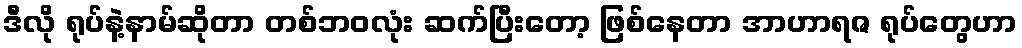
ဒီလို ရုပ်နဲ့နာမ်ဆိုတာ တစ်ဘဝလုံး ဆက်ပြီးတော့ ဖြစ်နေတာ အာဟာရဇ ရုပ်တွေဟာ